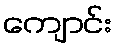
ကျောင်း